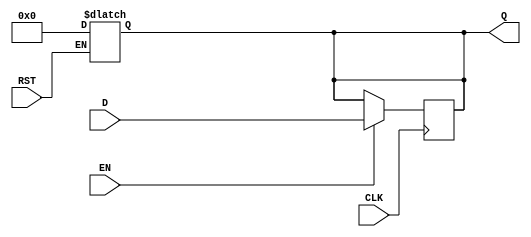
module InputRegister #(
    parameter WIDTH = 8  // Parameter to define the width of the register
)(
    input wire [WIDTH-1:0] D,     // Data input
    input wire CLK,                 // Clock input
    input wire RST,                 // Reset input (active high)
    input wire EN,                  // Enable input
    output reg [WIDTH-1:0] Q        // Data output
);

// Asynchronous reset
always @(*) begin
    if (RST) begin
        Q <= {WIDTH{1'b0}};         // Clear the register to zero
    end
end

// Synchronous operation on clock edge
always @(posedge CLK) begin
    if (EN) begin
        Q <= D;                     // Update the register with input data
    end
end

endmodule